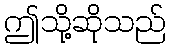
ဤသို့ဆိုသည်